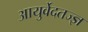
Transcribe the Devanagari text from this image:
आयुर्वेदतज्ज्ञ